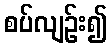
စပ်လျဉ်း၍